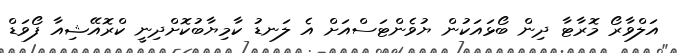
އަލްވާރޯ މޮރާޓާ ދިން ބޯޅައަކުން ޔުވެންޓަސްއަށް އެ ލަނޑު ކާމިޔާބުކޮށްދިނީ ކްރޮއޭޝިއާ ފޯވަޑް